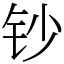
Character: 钞